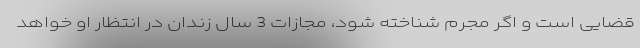
قضایی است و اگر مجرم شناخته شود، مجازات 3 سال زندان در انتظار او خواهد